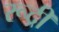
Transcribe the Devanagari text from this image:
रूद्री